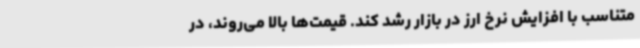
متناسب با افزایش نرخ ارز در بازار رشد کند. قیمت‌ها بالا می‌روند، در